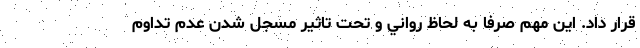
قرار داد. اين مهم صرفا به لحاظ رواني و تحت تاثير مسجل شدن عدم تداوم